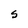
Character: S